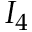
I _ { 4 }